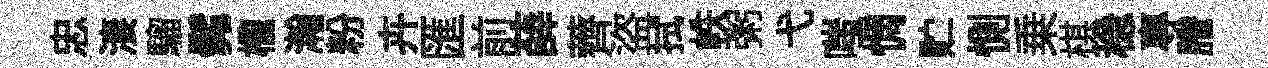
忠淒騮髴櫳瀚粉卉匯前薛薺盜拭帙粥弋嗤惆贮惻乗棋稳專謄